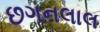
છગનલાલ